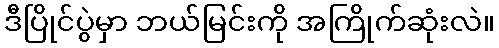
ဒီပြိုင်ပွဲမှာ ဘယ်မြင်းကို အကြိုက်ဆုံးလဲ။